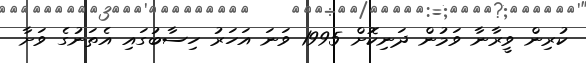
ކުރިން ވީރާނާ ވަމުން ދަނިކޮށް 1995 ވަނަ އަހަރު ހިސާބުގައި އެތަނުގެ ވަށާ